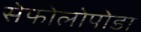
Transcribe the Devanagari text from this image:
सेफोलोपोडा